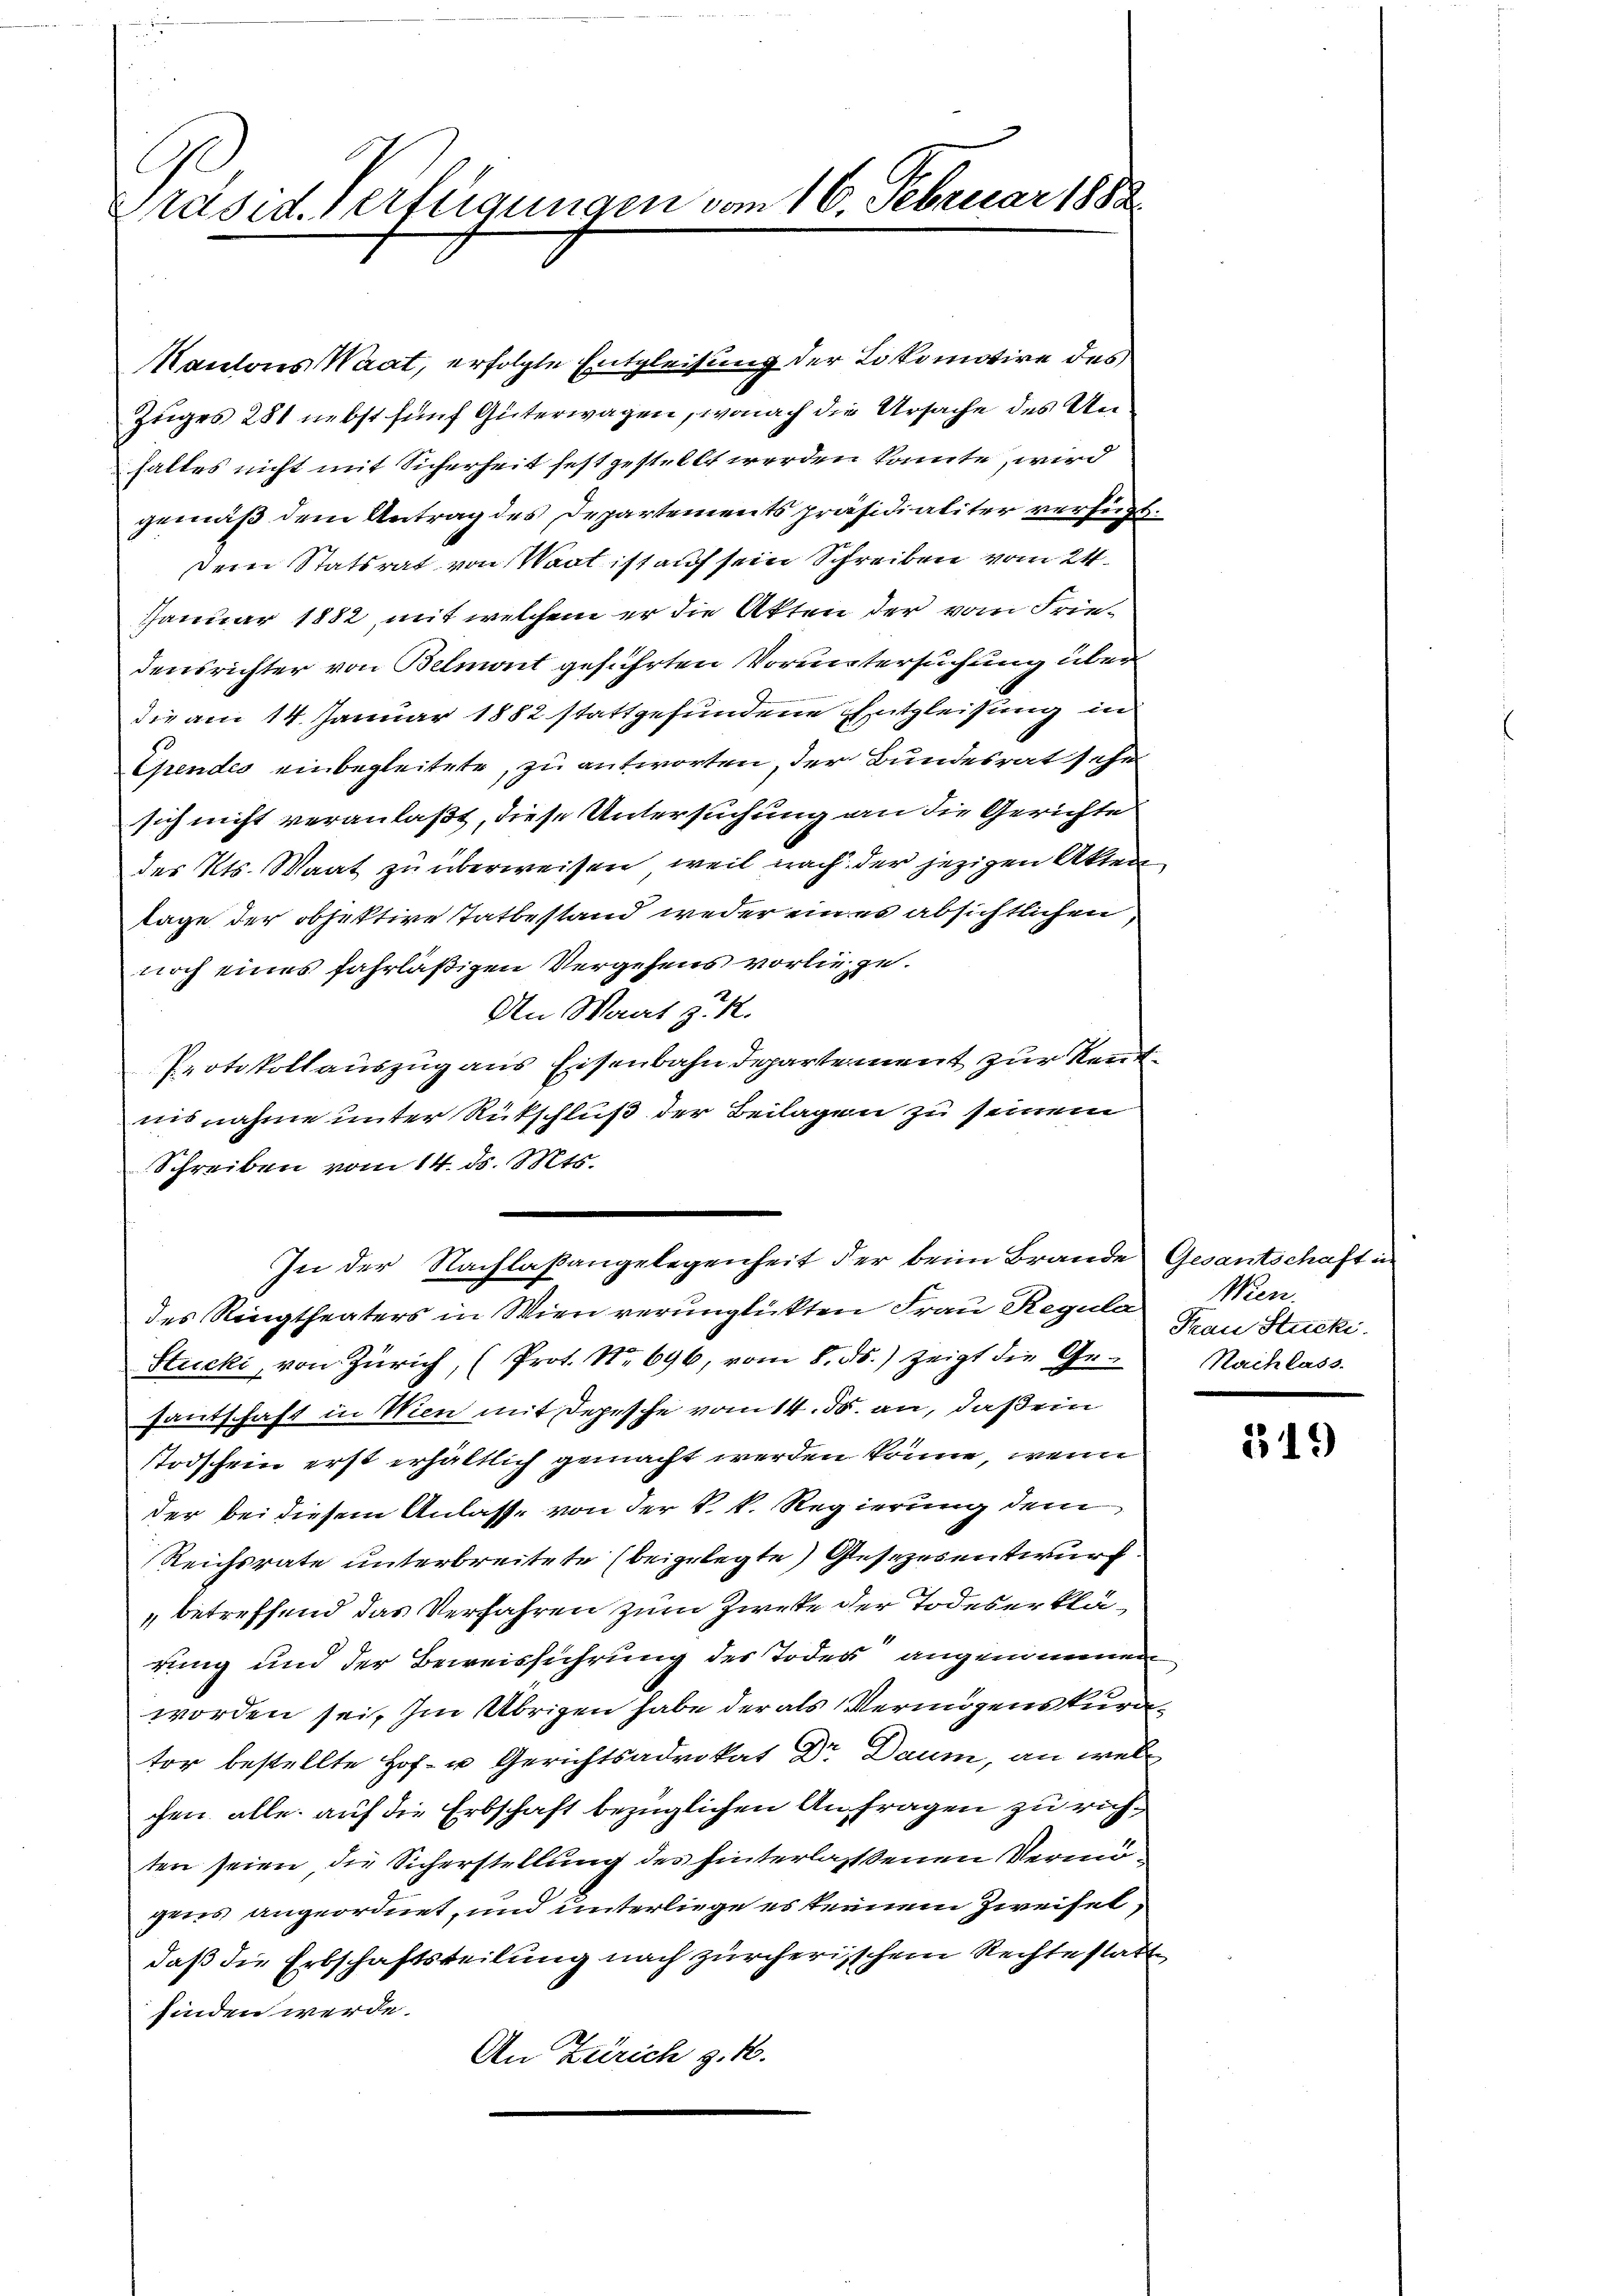
Präsid. Verfügungen vom 16. Februar 1888

Kantons Waat, erfolgte Entgleitung der Lokomotire des
Zuges 281 nebst fünf Güterwagen, wonach die Ursache des Unhaltes nicht mit Sicherheit festgestellt werden könnte, wird
gemäß dem Antrag des Departementspräsidialiter verfügt.
Dein Statsrat von Waat ist auf sein Schreiben vom 24.
Januar 1882, mit welchem er die Akten der vom Friedensrichter von Belmont geführten Voruntersuchung über
die am 14. Januar 1882 stattgefundene Entgleisung in
Ependes einbegleitete, zu antworten, der Bundesrat sehe
sich nicht veranlaßt, diese Untersuchung an die Gerichte
des Kts. Waat zu überweisen, weil nach der jezigen Akten
sage der objektive Tatbestand weder eines absichtlichen,
noch eines fahrläßigen Vergehens vorliege.
An Wart z. R.
Protokollauszug aus Eisenbahndepartement zur Kenntnisnahme unter Rütschluß der Beilagen zu seinem
Schreiben vom 14. ds. Mts.
des Ringtheaters in Wien verunglückten Frau Regula Frau Stucki.
Stucki, von Zürich, (Prot. No 696, vom 8. ds. zeigt die Gr. Nachlass
santschaft in Wien mit Depesche vom 14. ds. an, daß ein
Stodschein erst erhältlich gemacht werden könne, wenn
der bei diesem Anlasse von der k. k. Regierung dem
Reichsrate unterbreitete (beigelegte Gesezesentwurf.
betreffend das Verfahren zum Zwecke der Todeserklärung und der Beweisführung des Todes angenommen
worden sei. Im Übrigen habe der als Vermögenskurator bestellte Hof- u Gerichtsadvokat Dr Daum, an welchen alle auf die Erbschaft bezüglichen Anfragen zu richten seien die Sicherstellung des hinterlassenen Vermugens angeordnet, und unterliege es seinem Zweifeldaß die Erbschaftsteilung nach zürcherischem Rechte statt
finden werde.
An Zürich z. B.

e
In der Nachlaßangelegenheit der beim Brande Gesantschaft in

Wien.

519